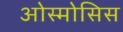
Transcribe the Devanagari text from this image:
ओस्मोसिस